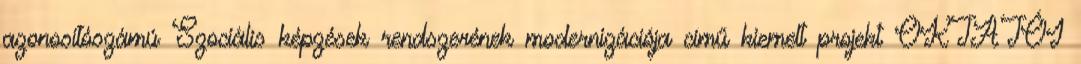
azonosítószámú Szociális képzések rendszerének modernizációja című kiemelt projekt OKTATÓI